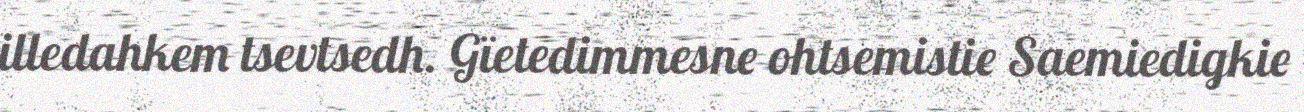
illedahkem tsevtsedh. Gïetedimmesne ohtsemistie Saemiedigkie